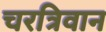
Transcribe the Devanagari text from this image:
चरत्रिवान